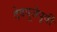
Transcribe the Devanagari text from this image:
देवपूजेपूर्वी